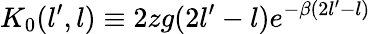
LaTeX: K_{0}(l^{\prime},l)\equiv 2zg(2l^{\prime}-l)e^{-\beta(2l^{\prime}-l)}